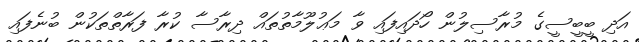
އަދި ބީބީސީގެ މުރާސިލުން ހޯދައިފައި ވާ މަޢުލޫމާތުތައް ދިރާސާ ކުރާ ފަރާތްތަކުން ބުނެފައި